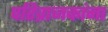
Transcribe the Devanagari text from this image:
परिव्राजकांना